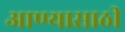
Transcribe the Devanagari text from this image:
आण्यासाठी